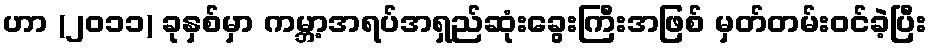
ဟာ (၂၀၁၁) ခုနှစ်မှာ ကမ္ဘာ့အရပ်အရှည်ဆုံးခွေးကြီးအဖြစ် မှတ်တမ်းဝင်ခဲ့ပြီး